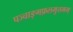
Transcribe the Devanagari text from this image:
पञ्चाङ्गफ़लमुत्तमम्